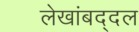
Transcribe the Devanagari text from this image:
लेखांबद्दल